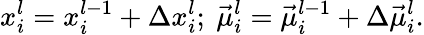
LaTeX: x_{i}^{l}=x_{i}^{l-1}+\Delta x_{i}^{l};\ \vec{\mu}_{i}^{l}=\vec{\mu}_{i}^{l-1}+\Delta\vec{\mu}_{i}^{l}.